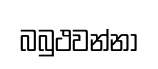
බබුථවන්නා